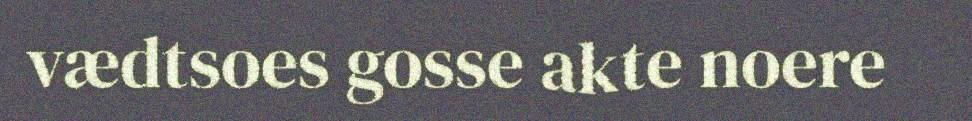
vædtsoes gosse akte noere